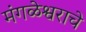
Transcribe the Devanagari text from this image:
मंगळेश्वराचे